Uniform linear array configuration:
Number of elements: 4
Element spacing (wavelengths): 1
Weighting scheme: hamming
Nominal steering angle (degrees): -30
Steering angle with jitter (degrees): -30.035
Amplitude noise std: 0.05
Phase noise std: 0.05

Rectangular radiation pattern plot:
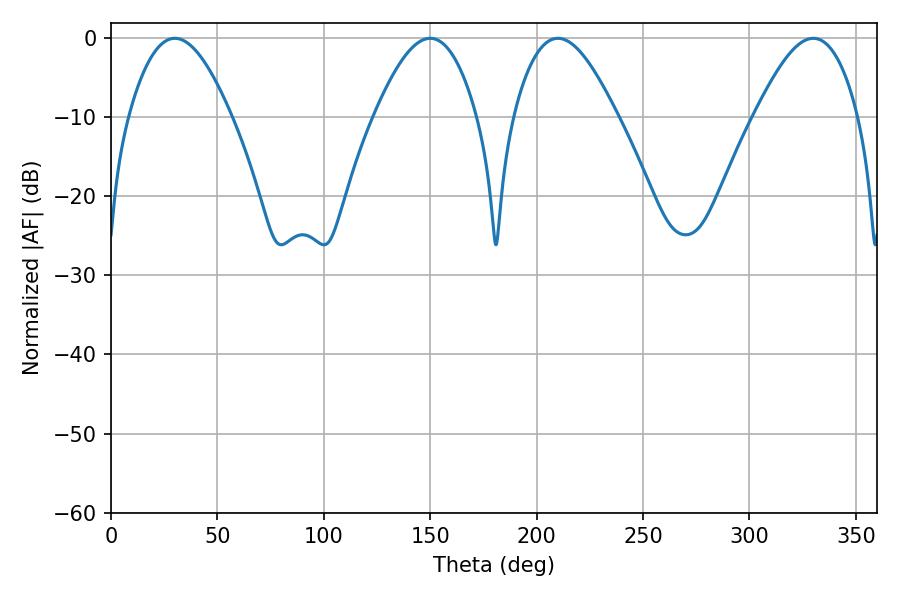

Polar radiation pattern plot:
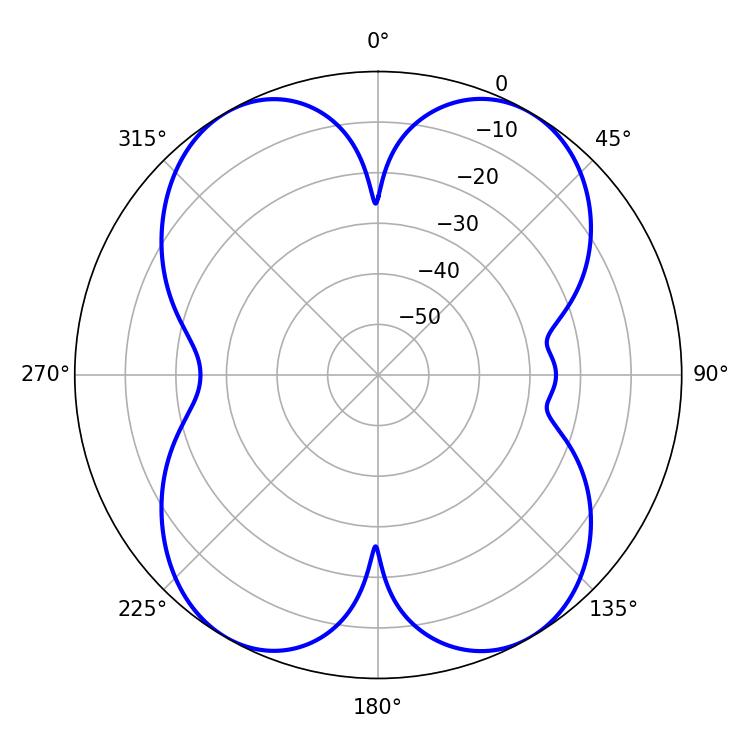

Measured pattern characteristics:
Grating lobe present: TRUE
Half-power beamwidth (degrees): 26.28
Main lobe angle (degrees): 210.06